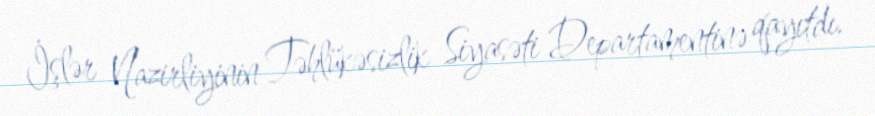
İşlər Nazirliyinin Təhlükəsizlik Siyasəti Departamentinə qayıtdı.